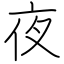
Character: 夜